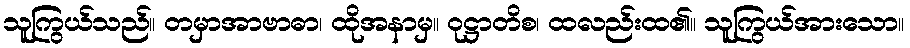
သူကြွယ်သည်။ တမှာအာဗာဓာ၊ ထိုအနာမှ။ ဝုဋ္ဌာတိစ၊ ထလည်းထ၏။ သူကြွယ်အားသော။